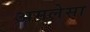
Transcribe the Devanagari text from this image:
अमलेसा